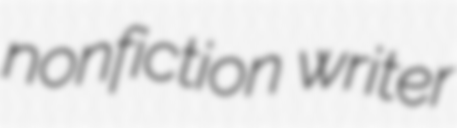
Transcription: nonfiction writer